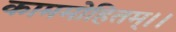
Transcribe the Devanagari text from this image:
काममोहितम्।।